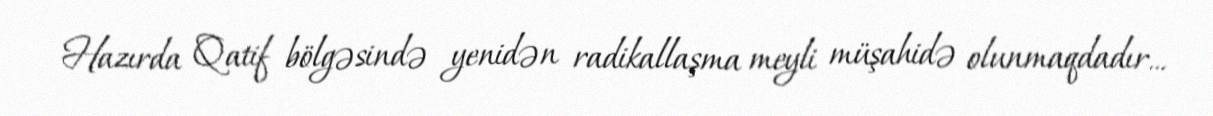
Hazırda Qatif bölgəsində yenidən radikallaşma meyli müşahidə olunmaqdadır...